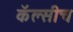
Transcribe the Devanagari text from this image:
कॅल्सीच